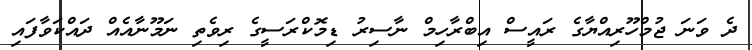
ދެ ވަނަ ޖުމްހޫރިއްޔާގެ ރައީސް އިބްރާހިމް ނާސިރު ޑިމޮކްރަސީގެ ރިވެތި ނަމޫނާއެއް ދައްކަވާފައި